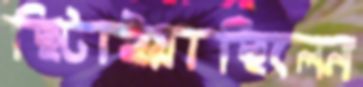
ছিটাইয়াছিলেন